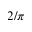
2 / \pi